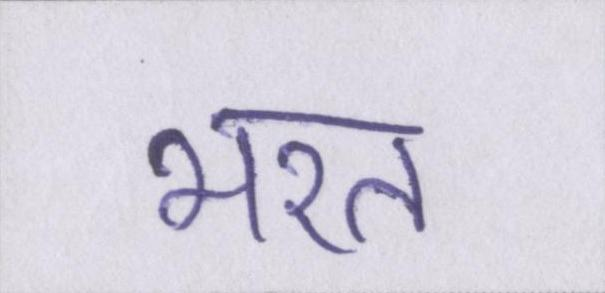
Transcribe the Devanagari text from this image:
भरत